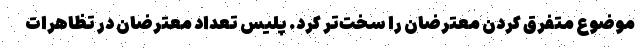
موضوع متفرق کردن معترضان را سخت‌تر کرد. پلیس تعداد معترضان در تظاهرات